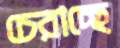
চেরাচ্ছে